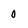
Character: 0